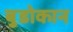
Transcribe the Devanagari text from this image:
बुडोकान